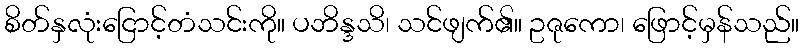
စိတ်နှလုံးငြောင့်တံသင်းကို။ ပဘိန္ဒသိ၊ သင်ဖျက်၏။ ဥဇုကော၊ ဖြောင့်မှန်သည်။